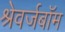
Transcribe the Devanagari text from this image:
श्रेवर्जबॉम